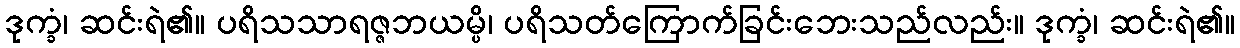
ဒုက္ခံ၊ ဆင်းရဲ၏။ ပရိသသာရဇ္ဇဘယမ္ပိ၊ ပရိသတ်ကြောက်ခြင်းဘေးသည်လည်း။ ဒုက္ခံ၊ ဆင်းရဲ၏။